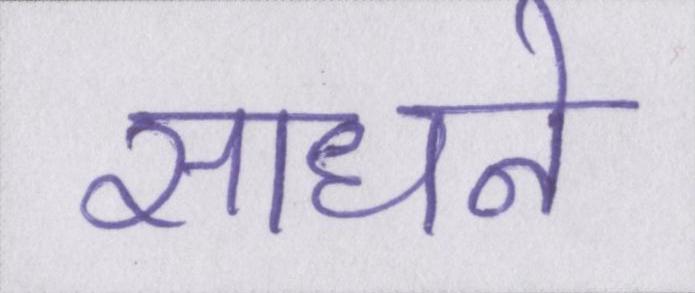
साधने